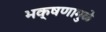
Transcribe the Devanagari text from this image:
भक्षणामुळे